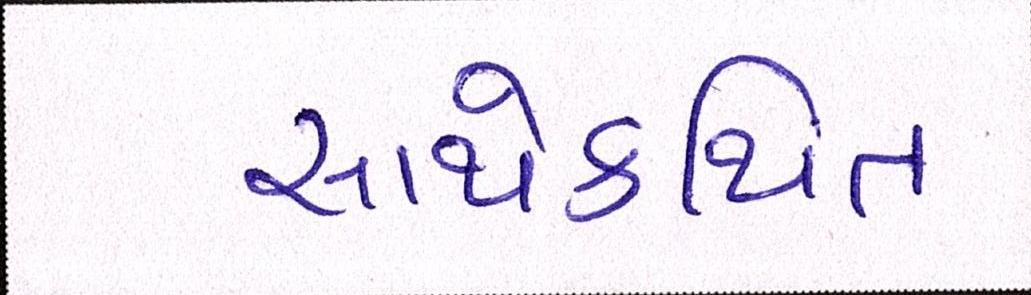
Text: સાથેકથિત